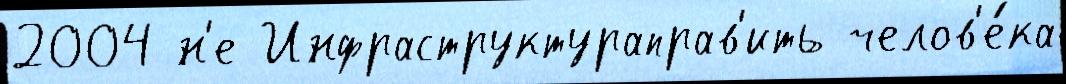
2004 н'е Инфраструктураправ'ить челов'е́ка